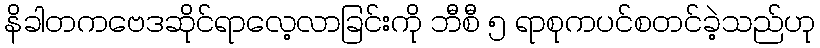
နိခါတကဗေဒဆိုင်ရာလေ့လာခြင်းကို ဘီစီ ၅ ရာစုကပင်စတင်ခဲ့သည်ဟု